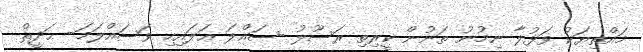
މައްތިޔަކު ވަޅުލާ ނިމުނު ތަނުން ކީރިތި ރަސޫލު -ޞައްލަ ޢަލައިހި ވަސައްލަމަ- ޙަދީޘް